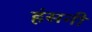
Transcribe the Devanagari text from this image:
हंसनी